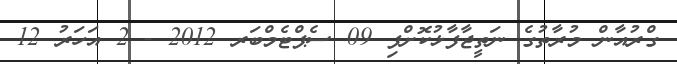
ގްރުއާން މުރާތުގެ ނަތީޖާފާޅުކޮށްފި 09 ސެޕްޓެމްބަރ 2012 - 2 އަހަރު 12